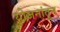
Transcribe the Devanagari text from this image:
योजनांतून